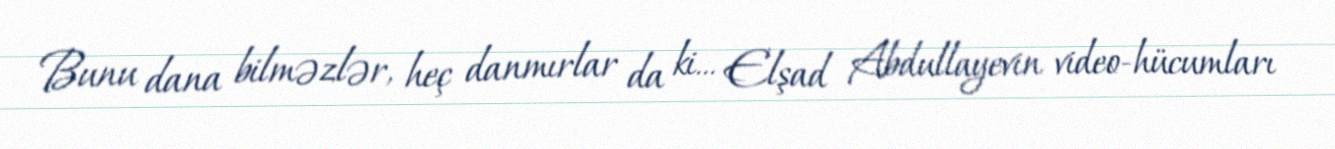
Bunu dana bilməzlər, heç danmırlar da ki... Elşad Abdullayevin video-hücumları